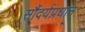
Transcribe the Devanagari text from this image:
सौंदर्यप्रधान